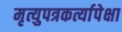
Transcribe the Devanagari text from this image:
मृत्युपत्रकर्त्यापेक्षा